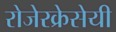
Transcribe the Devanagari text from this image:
रोजेरक्रेसेयी